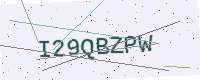
Text: I29QBZPW